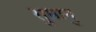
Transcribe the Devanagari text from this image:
सुमानु